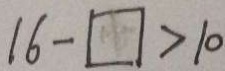
1 6 - \square > 1 0